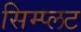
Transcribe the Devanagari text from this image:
सिम्प्लट